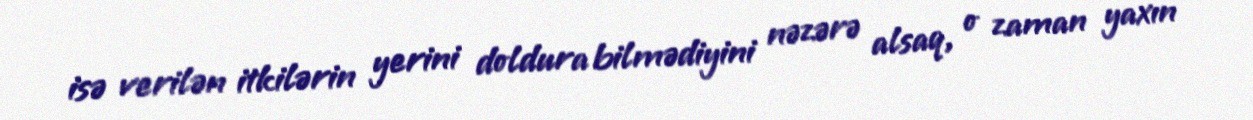
isə verilən itkilərin yerini doldura bilmədiyini nəzərə alsaq, o zaman yaxın